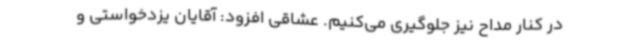
در کنار مداح نیز جلوگیری می‌کنیم. عشاقی افزود: آقایان یزدخواستی و